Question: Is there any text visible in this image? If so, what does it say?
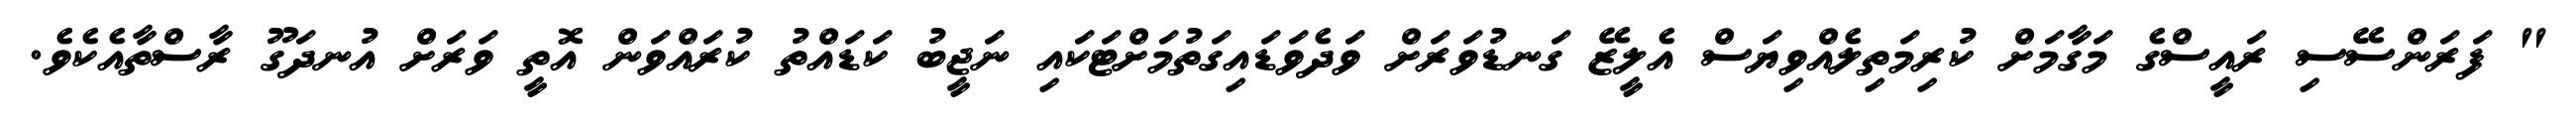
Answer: " ފަރަންސޭސި ރައީސްގެ މަގާމަށް ކުރިމަތިލެއްވިޔަސް އެލީޒޭ ގަނޑުވަރަށް ވަދެވަޑައިގަތުމަށްޓަކައި ނަޖީބު ކަޑައްތު ކުރައްވަން އޮތީ ވަރަށް އުނދަގޫ ރާސްތާއެކެވެ.